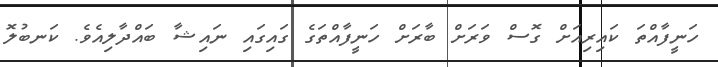
ހަނީފާއްތަ ކައިރިއަށް ގޮސް ވަރަށް ބާރަށް ހަނީފާއްތަގެ ގައިގައި ނައިޝާ ބައްދާލިއެވެ. ކަނބުލޮ